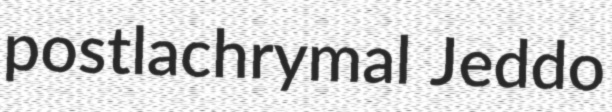
postlachrymal Jeddo